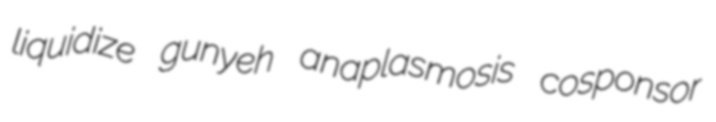
liquidize gunyeh anaplasmosis cosponsor